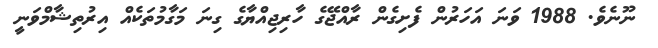
ނޫނެވެ. 1988 ވަނަ އަހަރުން ފެށިގެން ރާއްޖޭގެ ހާރިޖިއްޔާގެ ގިނަ މަގާމުތަކެއް އިރުތިޝާމްވަނީ